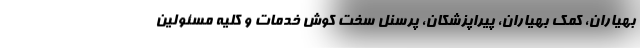
بهیاران، کمک بهیاران، پیراپزشکان، پرسنل سخت کوش خدمات و کلیه مسئولین